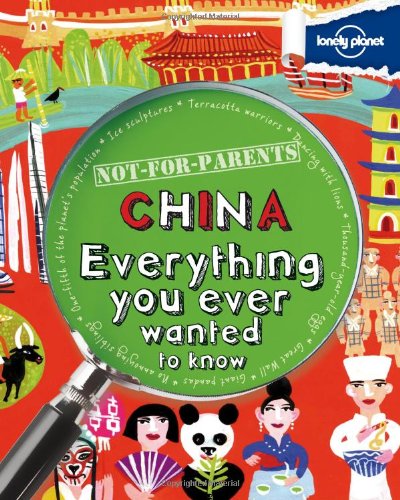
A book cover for Not For Parents China: Everything You Ever Wanted to Know (Lonely Planet Not-for-Parents); Lonely Planet; Travel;